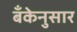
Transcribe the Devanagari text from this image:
बँकेनुसार